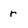
Character: r